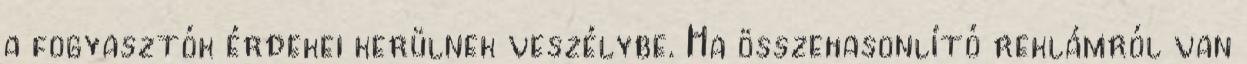
a fogyasztók érdekei kerülnek veszélybe. Ha összehasonlító reklámról van